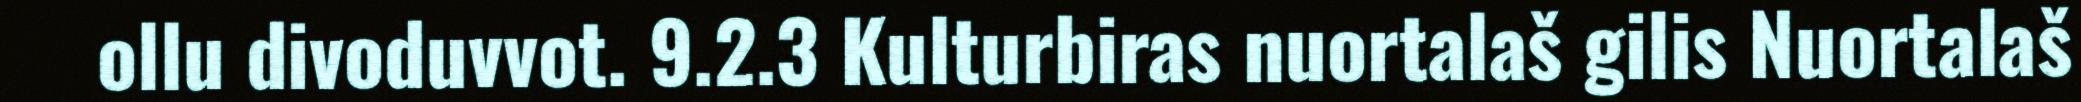
ollu divoduvvot. 9.2.3 Kulturbiras nuortalaš gilis Nuortalaš